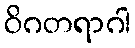
ဝိဂတရာဂါ